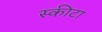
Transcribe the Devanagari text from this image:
स्कीटा